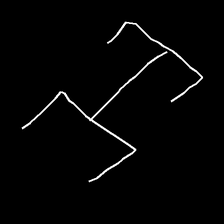
Glyph: entwine